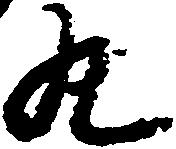
丸